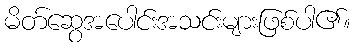
မိတ်ဆွေအပေါင်းအသင်းများဖြစ်ပါ၏။